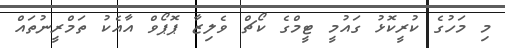
މި މަހުގެ ކުރީކޮޅު ގައުމީ ޓީމްގެ ކޯޗް ވެލިޒާ ޕޮޕޯވް އާއެކު ތަމްރީނުތައް